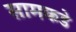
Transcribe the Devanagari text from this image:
सामकडे